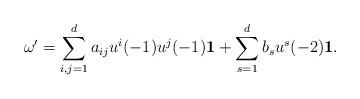
LaTeX: \begin{align*} \omega'=\sum_{i,j=1}^{d}a_{ij}u^i(-1)u^{j}(-1)\mathbf{1}+\sum_{s=1}^{d}b_su^s(-2)\mathbf{1}.\end{align*}